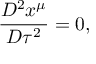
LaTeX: \frac { D ^ { 2 } x ^ { \mu } } { D \tau ^ { 2 } } = 0 ,